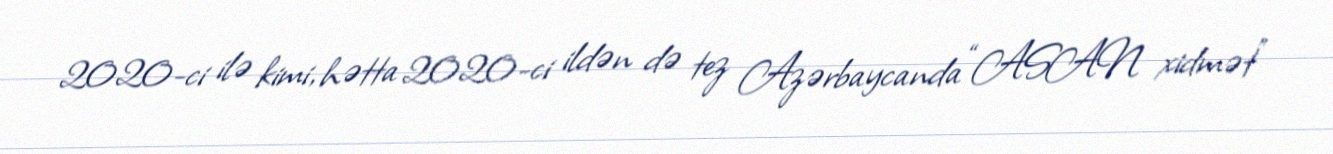
2020-ci ilə kimi, hətta 2020-ci ildən də tez Azərbaycanda “ASAN xidmət”